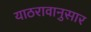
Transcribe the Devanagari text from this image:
याठरावानुसार